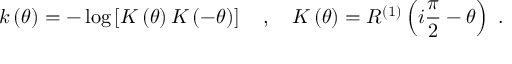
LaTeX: k \left( \theta \right) = - \log \left[ K \left( \theta \right) K \left( - \theta \right) \right] \quad , \quad K \left( \theta \right) = R ^ { ( 1 ) } \left( i \frac { \pi } { 2 } - \theta \right) \ .